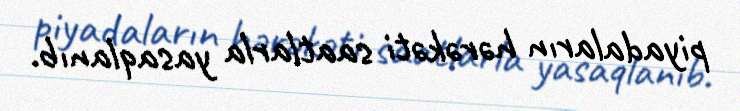
piyadaların hərəkəti saatlarla yasaqlanıb.